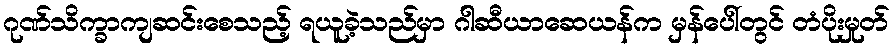
ဂုဏ်သိက္ခာကျဆင်းစေသည့် ရယူခဲ့သည်မှာ ဂါဆီယာဆေယန်က မှန်ပေါ်တွင် တံပိုးမှုတ်